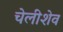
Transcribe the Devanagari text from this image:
चेलीशेव